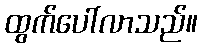
ထွက်ပေါ်လာသည်။